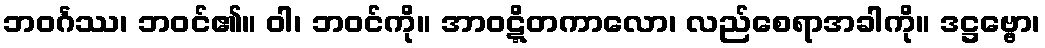
ဘဝင်္ဂဿ၊ ဘဝင်၏။ ဝါ၊ ဘဝင်ကို။ အာဝဋ္ဋိတကာလော၊ လည်စေရာအခါကို။ ဒဋ္ဌဗ္ဗော၊